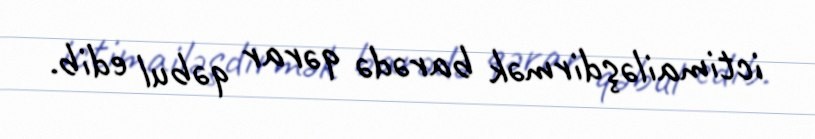
ictimailəşdirmək barədə qərar qəbul edib.